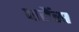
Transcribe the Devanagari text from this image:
परेंस